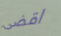
اقضى